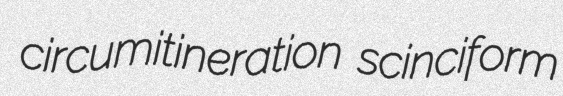
circumitineration scinciform